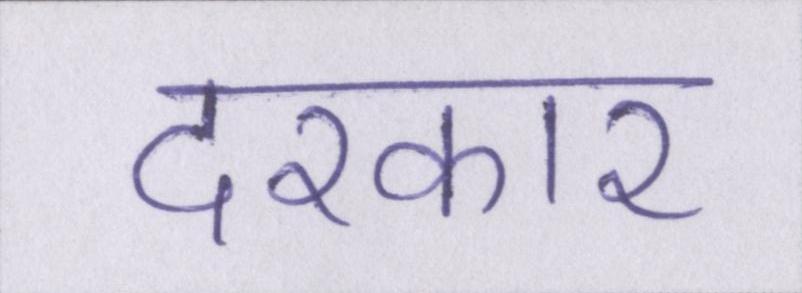
दरकार